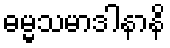
ဓမ္မသမာဒါနာနိ